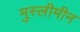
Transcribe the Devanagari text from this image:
मुस्लीमीन